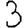
Digit: 3